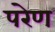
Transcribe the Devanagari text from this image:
परेण